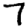
Digit: 7